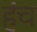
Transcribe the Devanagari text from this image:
हंच